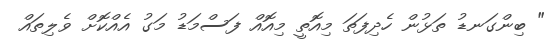
" ބިންގަނޑު ތަޅުން ހެދިފަތަ މިއޮތީ މިއޮއް ފަސްމަޑު މަގު އެއްކޮށް ވެލިތައް